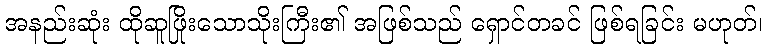
အနည်းဆုံး ထိုဆူဖြိုးသောသိုးကြီး၏ အဖြစ်သည် ရှောင်တခင် ဖြစ်ရခြင်း မဟုတ်၊